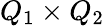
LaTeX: Q_{1}\times Q_{2}